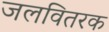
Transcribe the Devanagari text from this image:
जलवितरक